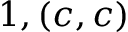
1 , ( c , c )